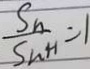
\frac { S _ { n } } { S _ { n } H } = 1